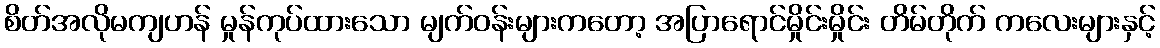
စိတ်အလိုမကျဟန် မှုန်ကုပ်ထားသော မျက်ဝန်းများကတော့ အပြာရောင်မှိုင်းမှိုင်း တိမ်တိုက် ကလေးများနှင့်